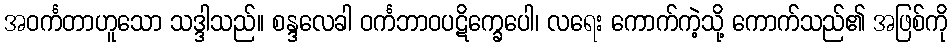
အဝင်္ကတာဟူသော သဒ္ဒါသည်။ စန္ဒလေခါ ဝင်္ကဘာဝပဋိက္ခေပေါ၊ လရေး ကောက်ကဲ့သို့ ကောက်သည်၏ အဖြစ်ကို